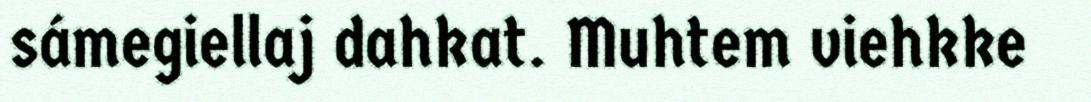
sámegiellaj dahkat. Muhtem viehkke